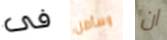
فى وسأظل ان